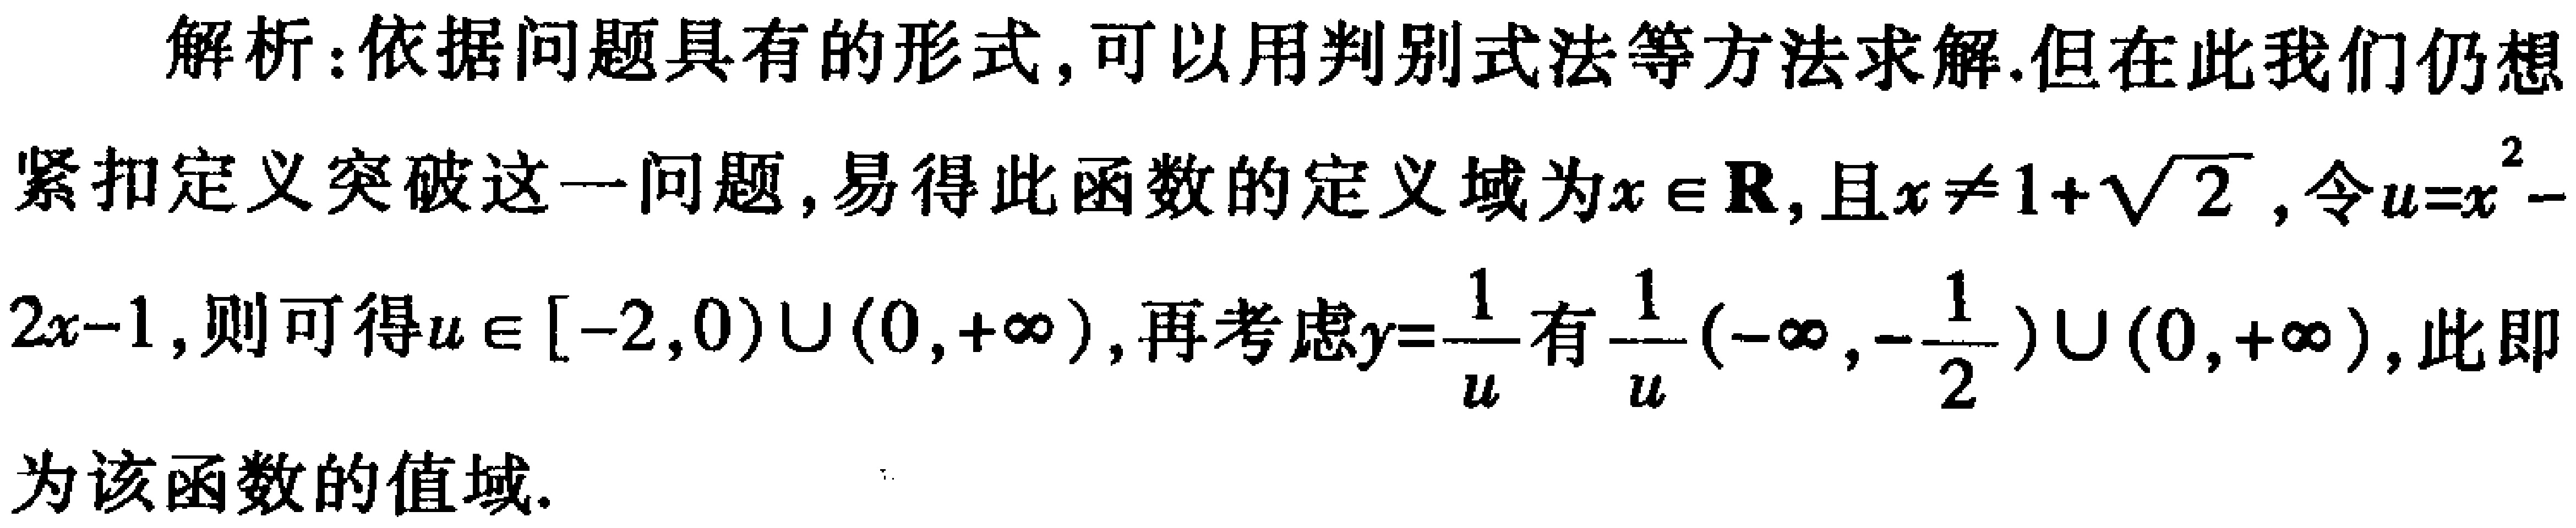
解析：依据问题具有的形式，可以用判别式法等方法求解.但在此我们仍想紧扣定义突破这一问题，易得此函数的定义域为\(x\in\mathbb{R}\)，且\(x\neq1 + \sqrt{2}\)，令\(u = x^{2}-2x - 1\)，则可得\(u\in[-2,0)\cup(0,+\infty)\)，再考虑\(y = \frac{1}{u}\)有\(\frac{1}{u}\in(-\infty,-\frac{1}{2})\cup(0,+\infty)\)，此即为该函数的值域.